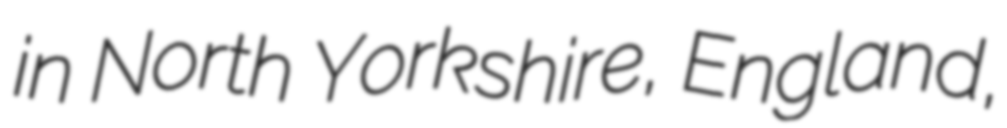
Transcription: in North Yorkshire, England,